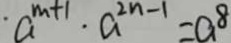
\cdot a ^ { m + 1 } \cdot a ^ { 2 n - 1 } = a ^ { 8 }